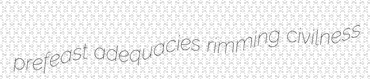
prefeast adequacies rimming civilness